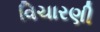
વિચારણી